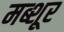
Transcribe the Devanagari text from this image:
मब्शूर